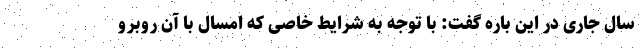
سال جاری در این باره گفت: با توجه به شرایط خاصی که امسال با آن روبرو